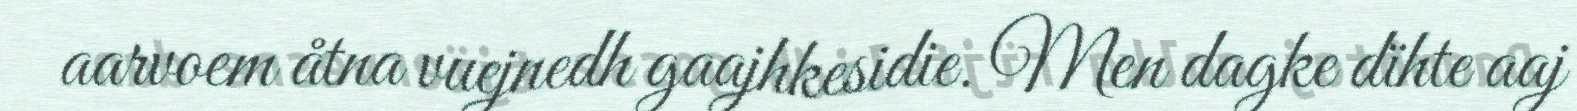
aarvoem åtna vuejnedh gaajhkesidie. Men dagke dïhte aaj